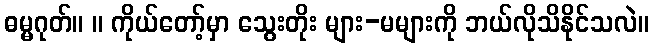
ဓမ္မဂုတ်။ ။ ကိုယ်တော့်မှာ သွေးတိုး များ-မများကို ဘယ်လိုသိနိုင်သလဲ။